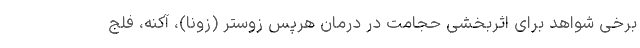
برخی شواهد برای اثربخشی حجامت در درمان هرپس زوستر (زونا)، آکنه، فلج